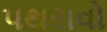
પથરાવો